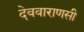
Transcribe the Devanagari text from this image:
देववाराणसी